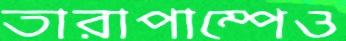
তারাপাম্পেও